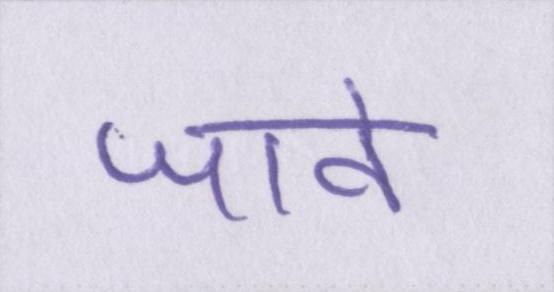
जावे